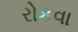
રોકવા